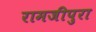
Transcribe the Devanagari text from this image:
रामजीपुरा